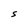
Character: s